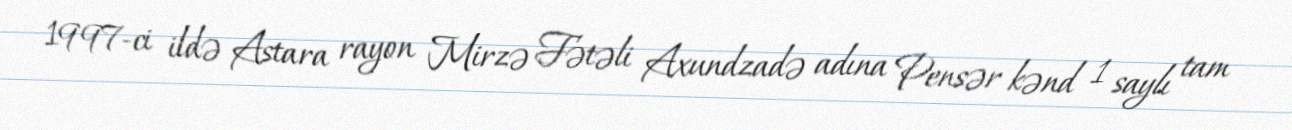
1997-ci ildə Astara rayon Mirzə Fətəli Axundzadə adına Pensər kənd 1 saylı tam